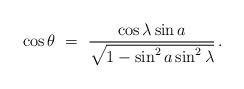
LaTeX: \begin{align*}\cos\theta\ =\ \frac{\cos\lambda\sin a}{\sqrt{1-\sin^2a\sin^2\lambda}}\,.\end{align*}